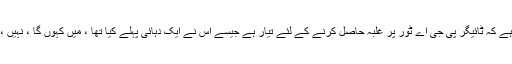
اگر اس کا مطلب یہ ہے کہ ٹائیگر پی جی اے ٹور پر غلبہ حاصل کرنے کے لئے تیار ہے جیسے اس نے ایک دہائی پہلے کیا تھا ، میں کہوں گا ، نہیں ، وہ "واپس" نہیں ہے۔